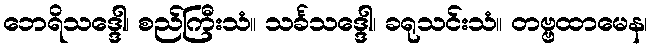
ဘေရိသဒ္ဒေါ၊ စည်ကြီးသံ။ သင်္ခသဒ္ဒေါ၊ ခရုသင်းသံ။ တဗ္ဗထာမေန၊